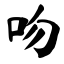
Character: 吻